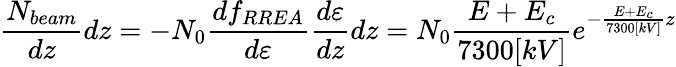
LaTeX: \frac{N_{beam}}{dz}dz=-N_{0}\frac{df_{RREA}}{d\varepsilon}\frac{d\varepsilon}{dz}dz=N_{0}\frac{E+E_{c}}{7300[kV]}e^{-\frac{E+E_{c}}{7300[kV]}z}